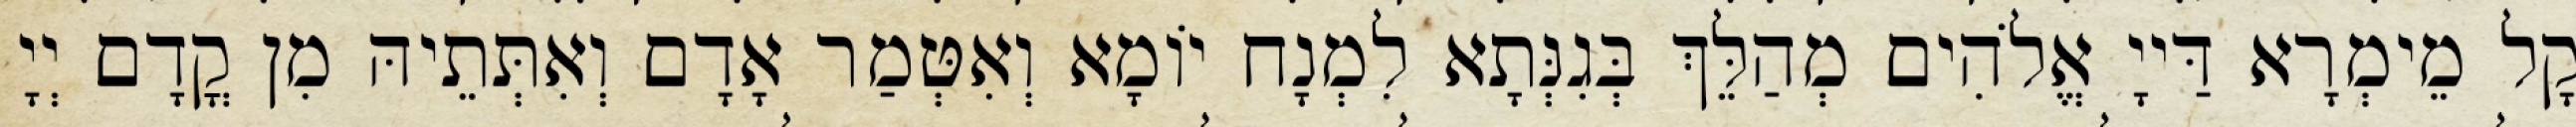
קָל מֵימְרָא דַּייָ אֱלֹהִים מְהַלֵּךְ בְּגִנְּתָא לִמְנָח יוֹמָא וְאִטְּמַר אָדָם וְאִתְּתֵיהּ מִן קֳדָם יְיָ